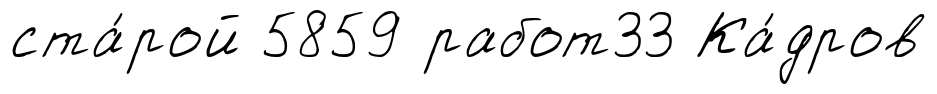
ста́рой 5859 работ33 Ка́дров